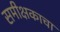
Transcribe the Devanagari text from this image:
समीक्षकाचा